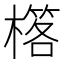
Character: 𣛗